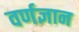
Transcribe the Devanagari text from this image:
वर्णज्ञान